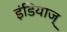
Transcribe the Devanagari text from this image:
इंडियाज्